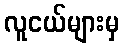
လူငယ်များမှ